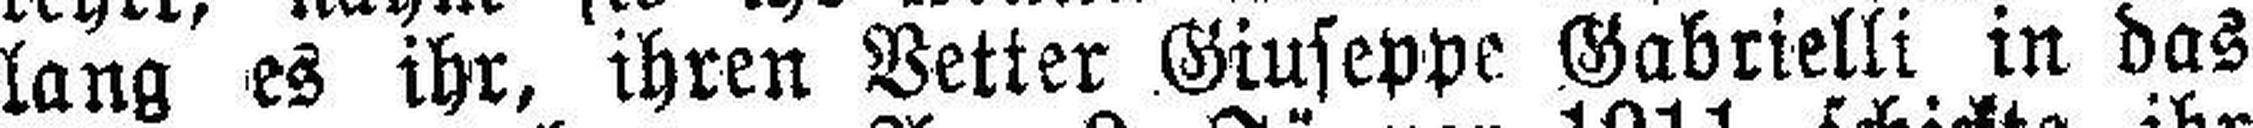
lang es ihr, ihren Vetter Giuseppe Gabrielli in das